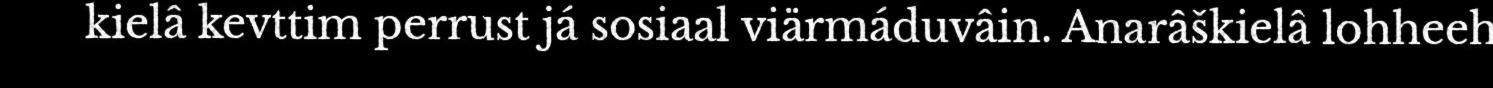
kielâ kevttim perrust já sosiaal viärmáduvâin. Anarâškielâ lohheeh